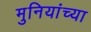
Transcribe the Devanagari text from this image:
मुनियांच्या